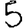
Digit: 5